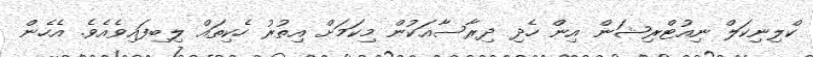
ކްލިނިކަލް ނިއުޓްރިޝަން އިން ހެދި ދިރާސާއަކުން މިކަމަށް އިތުރު ހެކިތައް ލިބިފައިވެއެވެ. އެހެން